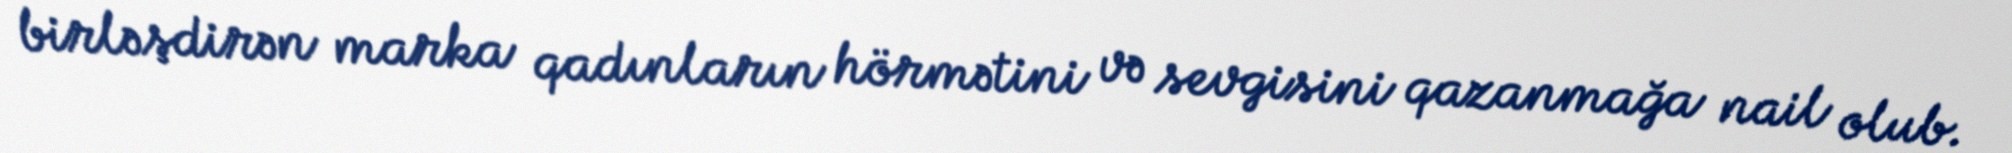
birləşdirən marka qadınların hörmətini və sevgisini qazanmağa nail olub.